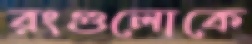
রংগুলোকে